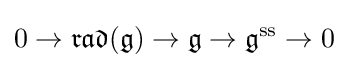
0\to {\mathfrak {rad}}({\mathfrak {g}})\to {\mathfrak {g}}\to {\mathfrak {g}}^{\mathrm {ss} }\to 0